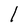
Character: l